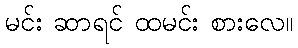
မင်း ဆာရင် ထမင်း စားလေ။